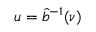
u = \hat { b } ^ { - 1 } ( \nu )